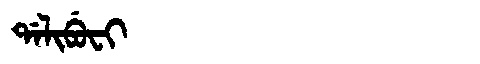
Manchu: ᡩᠠᠯᡳᠪᡠᠸᡳ
Romanization: DALIBUFI